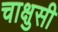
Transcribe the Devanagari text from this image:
चाक्षुसी